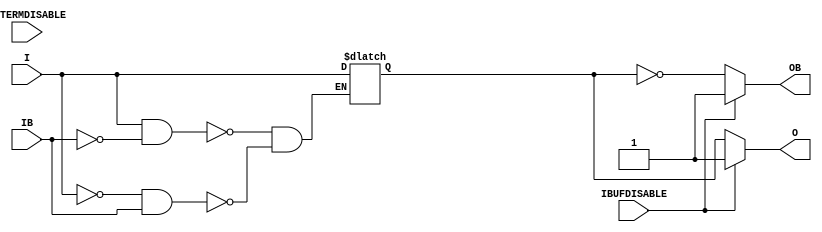
///////////////////////////////////////////////////////////////////////////////
// Copyright (c) 1995/2015 Xilinx, Inc.
// All Right Reserved.
///////////////////////////////////////////////////////////////////////////////
//   ____  ____
//  /   /\/   /
// /___/  \  /    Vendor : Xilinx
// \   \   \/     Version : 2015.4
//  \   \         Description : Xilinx Formal Library Component
//  /   /                  Differential Signaling Input Buffer with Differential Outputs
// /___/   /\     Filename : IBUFDS_DIFF_OUT_INTERMDISABLE.v
// \   \  /  \
//  \___\/\___\
//
///////////////////////////////////////////////////////////////////////////////
// Revision:
//    04/20/11 - Initial version.
//    02/05/14 - Removed X's assignment.
// End Revision
///////////////////////////////////////////////////////////////////////////////

`timescale  1 ps / 1 ps

`celldefine

module IBUFDS_DIFF_OUT_INTERMDISABLE (O, OB, I, IB, IBUFDISABLE, INTERMDISABLE);

    parameter DIFF_TERM = "FALSE";
    parameter DQS_BIAS = "FALSE";
    parameter IBUF_LOW_PWR = "TRUE";
    parameter IOSTANDARD = "DEFAULT";
    parameter SIM_DEVICE = "7SERIES";
    parameter USE_IBUFDISABLE = "TRUE";
`ifdef XIL_TIMING
    parameter LOC = "UNPLACED";
`endif //  `ifdef XIL_TIMING


    output O; 
    output OB;

    input I;
    input IB;
    input IBUFDISABLE;
    input INTERMDISABLE;

    reg  o_out;

    always @(I or IB) begin
  if (I == 1'b1 && IB == 1'b0)
      o_out <= I;
  else if (I == 1'b0 && IB == 1'b1)
      o_out <= I;
    end

    generate
       case (USE_IBUFDISABLE)
          "TRUE" :  begin
                       assign O  = (IBUFDISABLE == 0)? o_out  : (IBUFDISABLE == 1)? 1'b1  : 1'b0;
                       assign OB = (IBUFDISABLE == 0)? ~o_out : (IBUFDISABLE == 1)? 1'b1  : 1'b0;
                    end
          "FALSE" : begin
                       assign O  =  o_out;
                       assign OB =  ~o_out;
                    end
       endcase
    endgenerate

endmodule

`endcelldefine